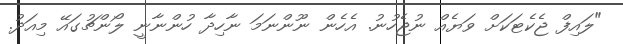
"ލައިފް ޖެކެޓަކަށް ވަޔެއް ނުޖެހުނު. އެހެން ނޫންނަމަ ނާހިދާ ހުންނާނީ ލޯންޗުގައޭ މިއަދު.